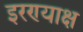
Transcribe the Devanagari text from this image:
इरण्याक्ष